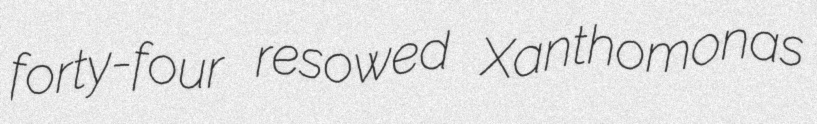
forty-four resowed Xanthomonas